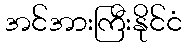
အင်အားကြီးနိုင်ငံ